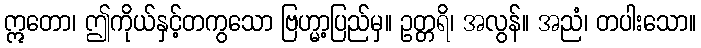
ဣတော၊ ဤကိုယ်နှင့်တကွသော ဗြဟ္မာ့ပြည်မှ။ ဥတ္တရိ၊ အလွန်။ အညံ၊ တပါးသော။